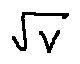
\sqrt { v }